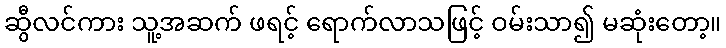
ဆွီလင်ကား သူ့အဆက် ဖရင့် ရောက်လာသဖြင့် ဝမ်းသာ၍ မဆုံးတော့။